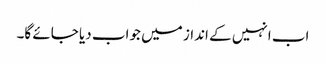
اب انہیں کے انداز میں جواب دیا جائے گا۔